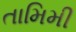
તામિમી